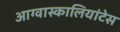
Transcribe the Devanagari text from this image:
आग्वास्कालियांटेस